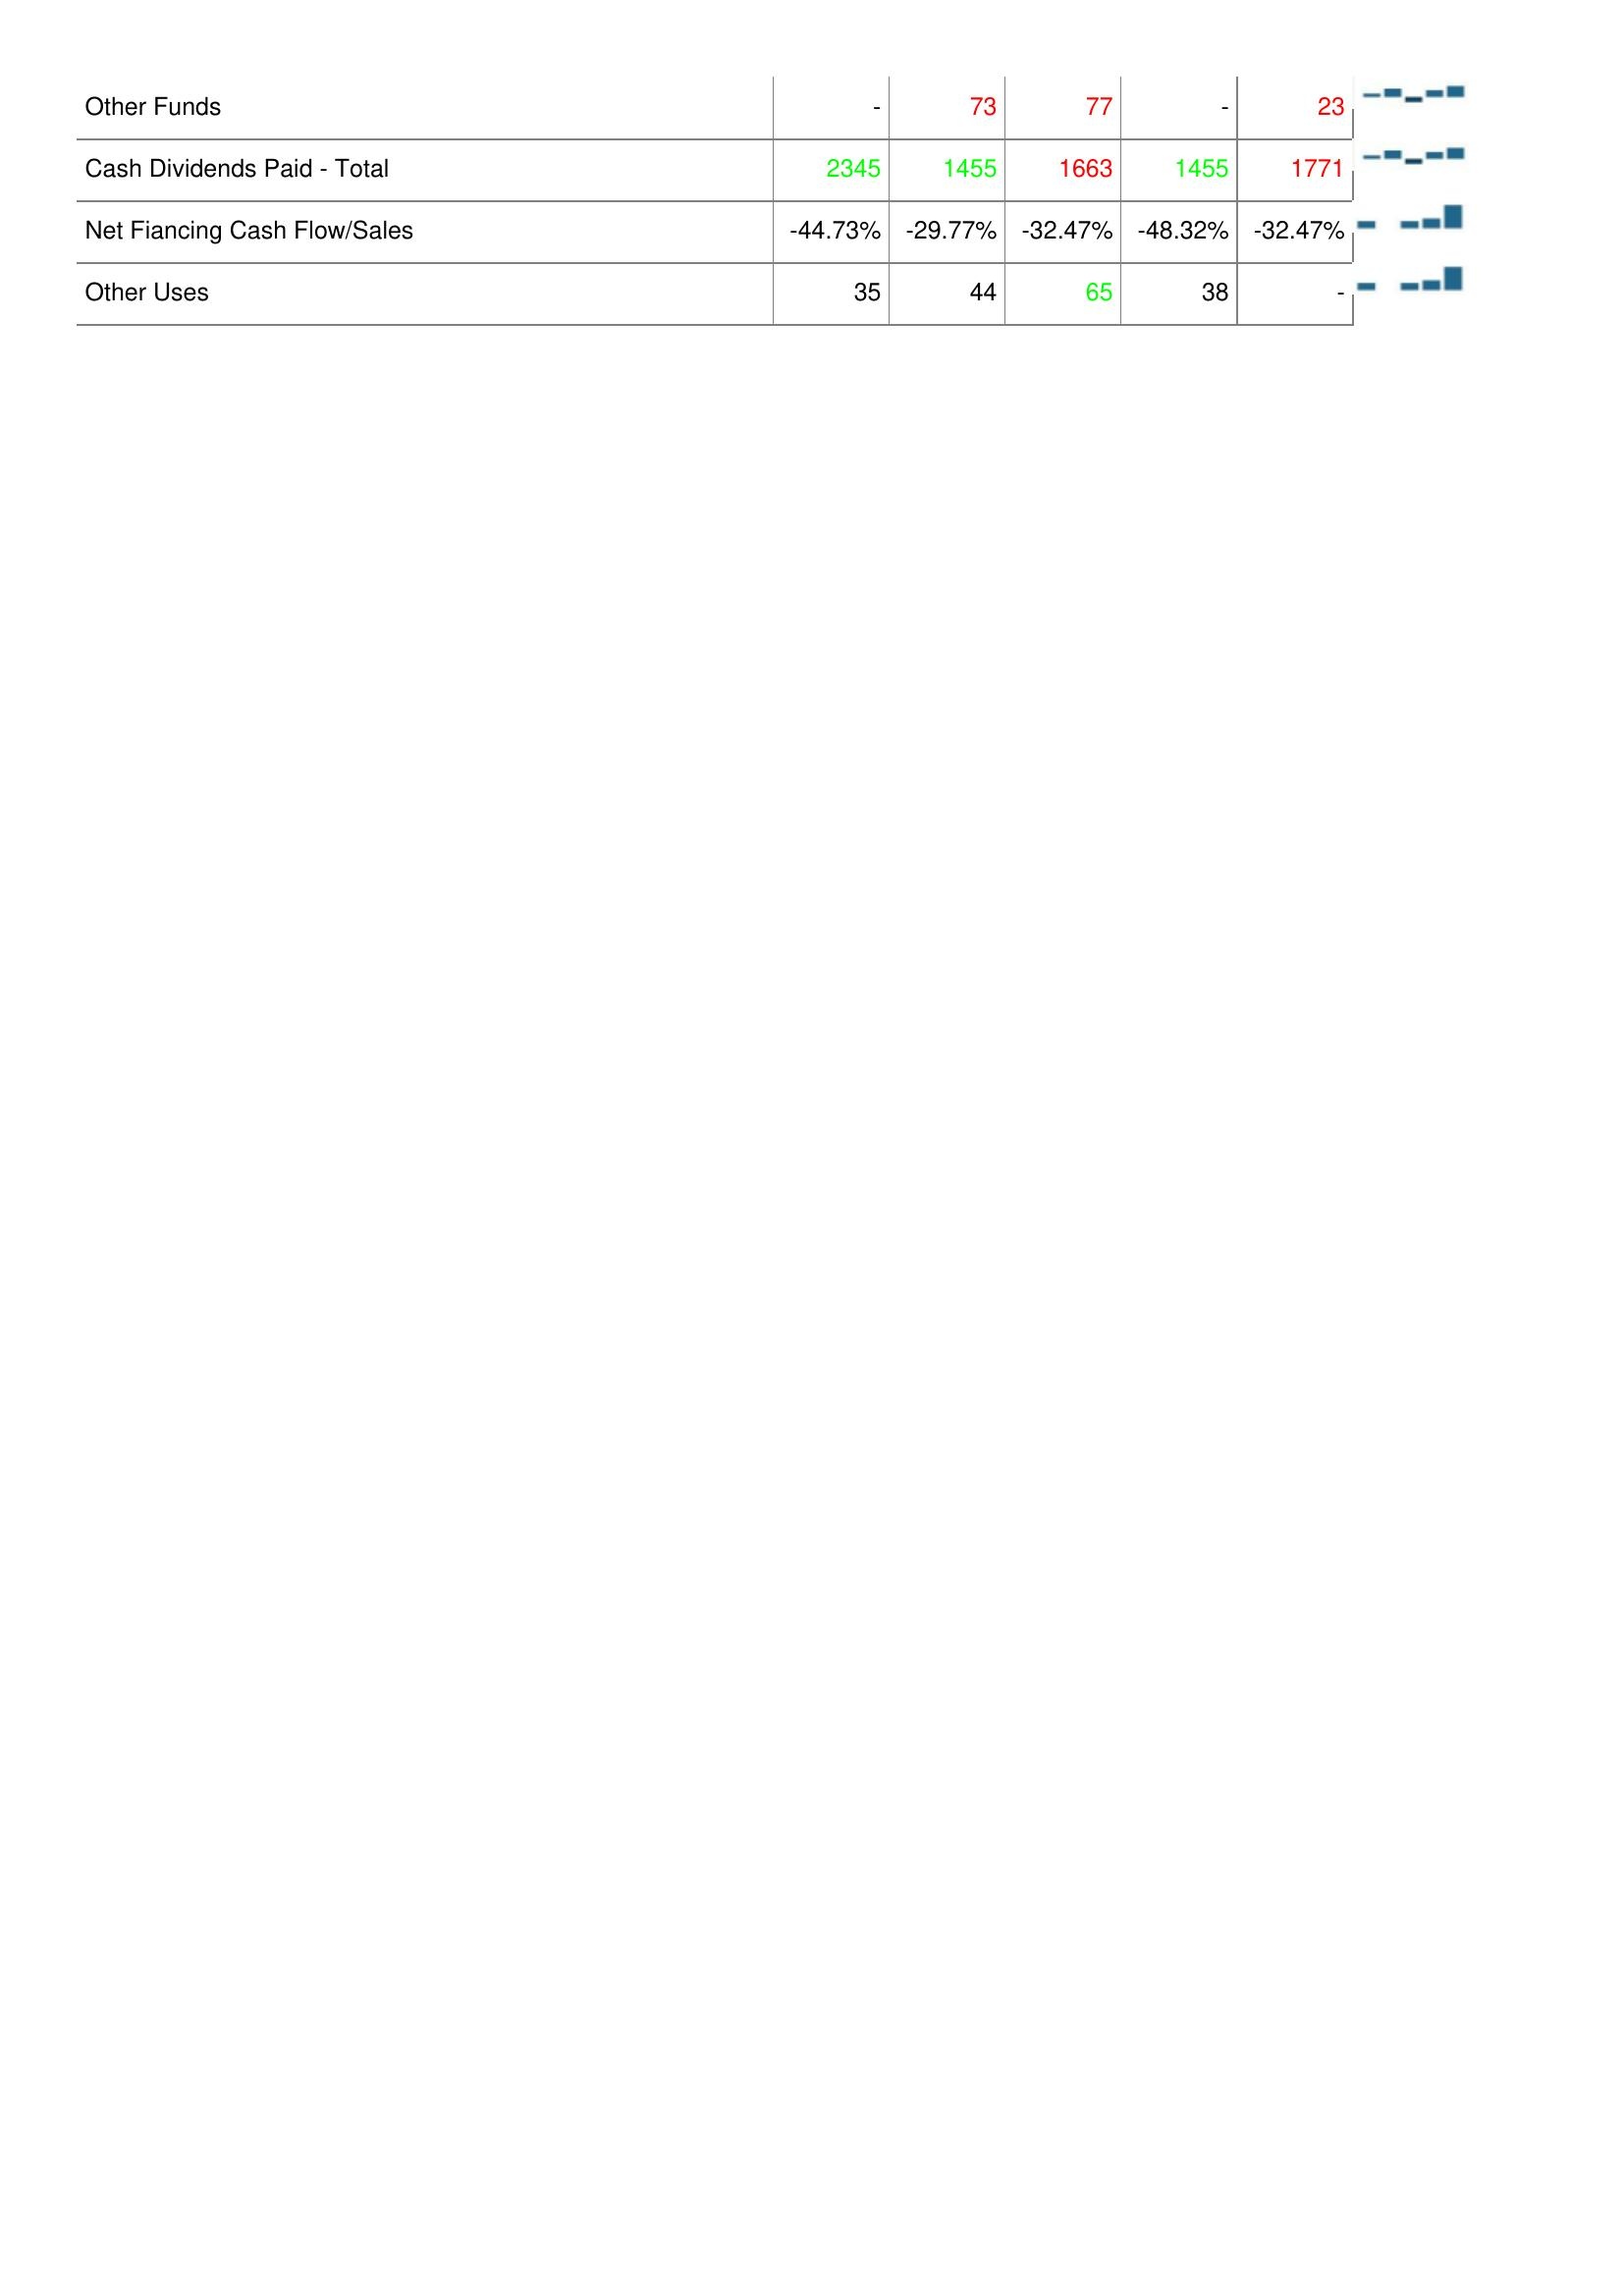
2019: Financing Activities: Other Funds: -
Cash Dividends Paid - Total: 2345
Net Fiancing Cash Flow/Sales: -44.73%
Other Uses: 35
2020: Financing Activities: Other Funds: 73
Cash Dividends Paid - Total: 1455
Net Fiancing Cash Flow/Sales: -29.77%
Other Uses: 44
2021: Financing Activities: Other Funds: 77
Cash Dividends Paid - Total: 1663
Net Fiancing Cash Flow/Sales: -32.47%
Other Uses: 65
2022: Financing Activities: Other Funds: -
Cash Dividends Paid - Total: 1455
Net Fiancing Cash Flow/Sales: -48.32%
Other Uses: 38
2023: Financing Activities: Other Funds: 23
Cash Dividends Paid - Total: 1771
Net Fiancing Cash Flow/Sales: -32.47%
Other Uses: -